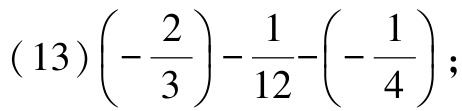
\((13)\left(-\dfrac{2}{3}\right)-\dfrac{1}{12}-\left(-\dfrac{1}{4}\right);\)